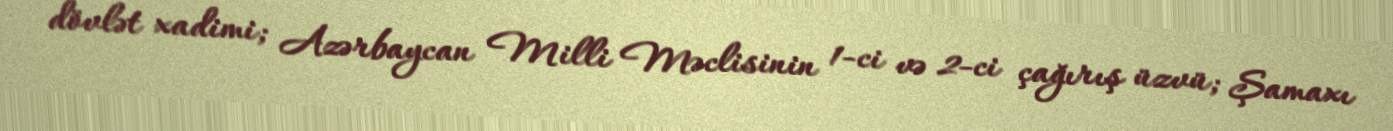
dövlət xadimi; Azərbaycan Milli Məclisinin 1-ci və 2-ci çağırış üzvü; Şamaxı